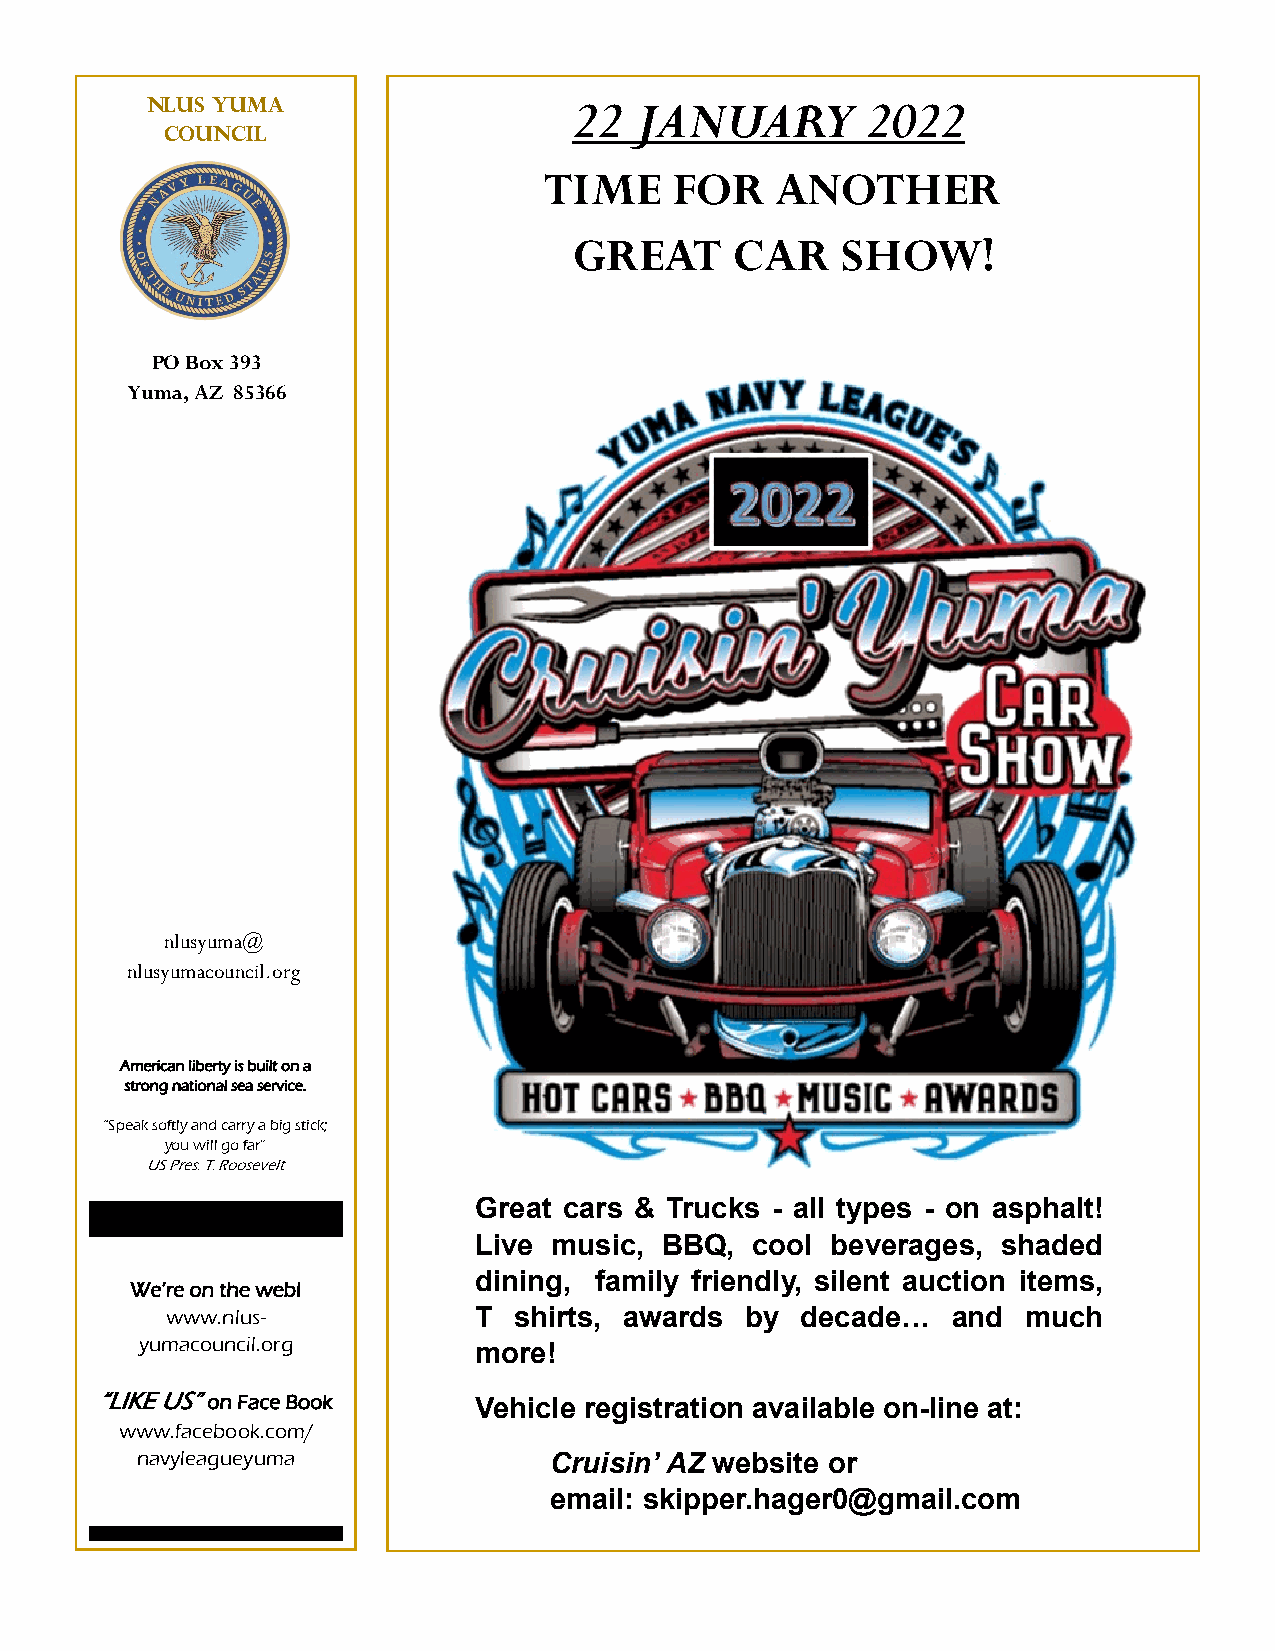
NLUS Yuma                   22  JANUARY        2022
 Council
 TIME     FOR   ANOTHER
 GREAT      CAR    SHOW!
 PO Box 393
 Yuma, AZ 85366
 nlusyuma@
 nlusyumacouncil.org
 American liberty is built on a
 strong national sea service.
 “Speak softly and carry a big stick;
 you will go far”
 US Pres. T. Roosevelt
 Great cars & Trucks - all types - on asphalt!
 Live  music, BBQ,  cool beverages, shaded
 dining, family friendly, silent auction items,
 We’re on the web!
 www.nlus-           T  shirts, awards by  decade…   and  much
 yumacouncil.org       more!
 “LIKE US” on Face Book   Vehicle registration available on-line at:
 www.facebook.com/
 navyleagueyuma             Cruisin’ AZ website or
 email: skipper.hager0@gmail.com